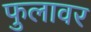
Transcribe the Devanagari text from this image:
फुलावर